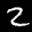
Label: 2